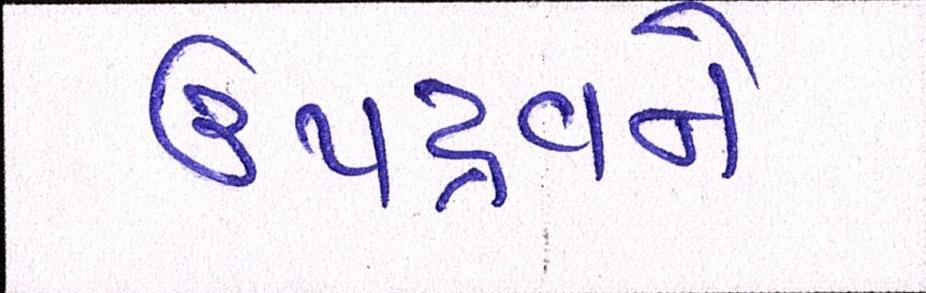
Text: ઉપદ્રવને